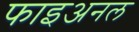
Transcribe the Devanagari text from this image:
फाइअनल